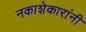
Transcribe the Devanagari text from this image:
नकाशेकारांनी